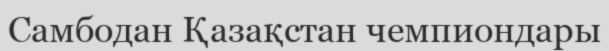
Самбодан Қазақстан чемпиондары